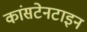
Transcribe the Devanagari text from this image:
कांसटेनटाइन